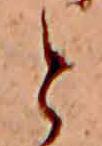
と